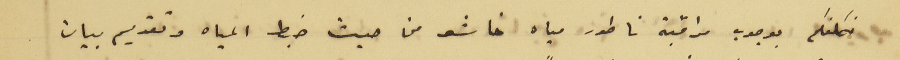
نكلفكم بوجوب مراقبة ناطور مياه خاشو من حيث ضبط المياه وتقديم بيان